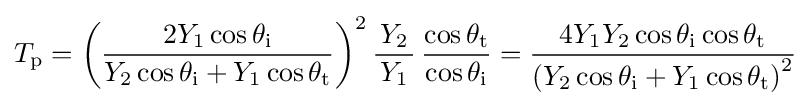
T_{\text{p}}=\left({\frac {2Y_{1}\cos \theta _{\text{i}}}{Y_{2}\cos \theta _{\text{i}}+Y_{1}\cos \theta _{\text{t}}}}\right)^{2}{\frac {\,Y_{2}\,}{Y_{1}}}\,{\frac {\cos \theta _{\text{t}}}{\cos \theta _{\text{i}}}}={\frac {4Y_{1}Y_{2}\cos \theta _{\text{i}}\cos \theta _{\text{t}}}{\left(Y_{2}\cos \theta _{\text{i}}+Y_{1}\cos \theta _{\text{t}}\right)^{2}}}